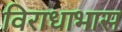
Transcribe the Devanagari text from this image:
विराधाभास